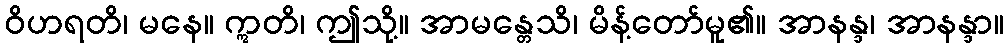
ဝိဟရတိ၊ မနေ။ ဣတိ၊ ဤသို့။ အာမန္တေသိ၊ မိန့်တော်မူ၏။ အာနန္ဒ၊ အာနန္ဒာ။